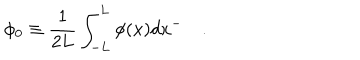
\phi _ { 0 } \equiv \frac 1 { 2 L } \int _ { - L } ^ { L } \phi ( x ) d x ^ { - } \quad .